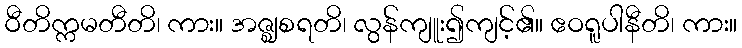
ဝီတိက္ကမတီတိ၊ ကား။ အဇ္ဈစရတိ၊ လွန်ကျူး၍ကျင့်၏။ ဧဝရူပါနီတိ၊ ကား။